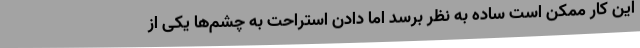
این کار ممکن است ساده به نظر برسد اما دادن استراحت به چشم‌ها یکی از